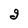
Character: g